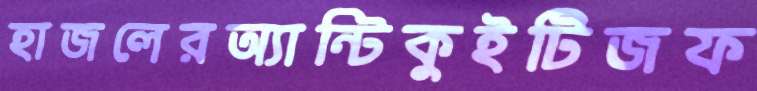
হাজলেরঅ্যান্টিকুইটিজফ